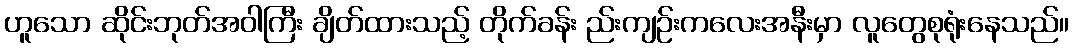
ဟူသော ဆိုင်းဘုတ်အဝါကြီး ချိတ်ထားသည့် တိုက်ခန်း ည်းကျဉ်းကလေးအနီးမှာ လူတွေစုရုံးနေသည်။